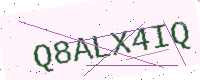
Text: Q8ALX4IQ